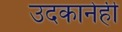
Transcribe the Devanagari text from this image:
उदकानेही